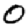
Digit: 0